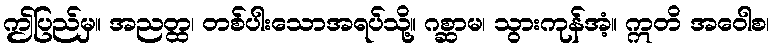
ဤပြည်မှ။ အညတ္ထ၊ တစ်ပါးသောအရပ်သို့။ ဂစ္ဆာမ၊ သွားကုန်အံ့။ ဣတိ အဝေါစ၊